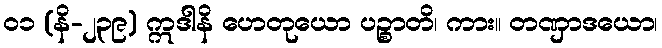
၀၁ (နိ-၂၃၉) ဣဒါနိ ဟေတုယော ပဉ္စာတိ၊ ကား။ တဏှာဒယော၊